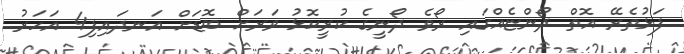
ފަޅުތެރޭ އޮތް ދޯންޏެއްގައި ރޯވެ ދޯނީގެ ކުރީކޮޅު ވަރަށް ބޮޑަށް އަނދައިފި4 އަހަރު